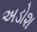
અડોશ